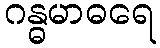
ဂန္ဓမာဓရေ